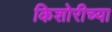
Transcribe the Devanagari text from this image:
किशोरीच्या